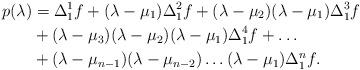
LaTeX: \begin{align*} p(\lambda)&=\Delta_1^{1}f+(\lambda-\mu_1)\Delta_1^{2}f+(\lambda-\mu_2)(\lambda-\mu_1)\Delta_1^{3}f\\&+(\lambda-\mu_3)(\lambda-\mu_2)(\lambda-\mu_1)\Delta_1^{4}f+\dots\\&+(\lambda-\mu_{n-1})(\lambda-\mu_{n-2})\dots(\lambda-\mu_1)\Delta_1^{n}f. \end{align*}